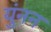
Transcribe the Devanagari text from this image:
युंनन